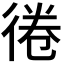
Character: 𢔑